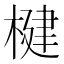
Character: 楗